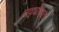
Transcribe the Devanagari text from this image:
उद्‌घोषात